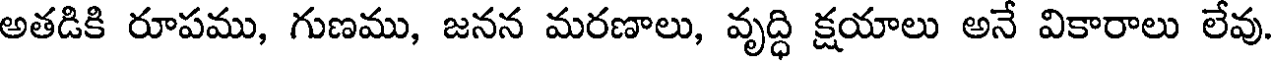
అతడికి రూపము, గుణము, జనన మరణాలు, వృద్ధి క్షయాలు అనే వికారాలు లేవు